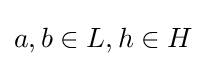
a,b\in L,h\in H